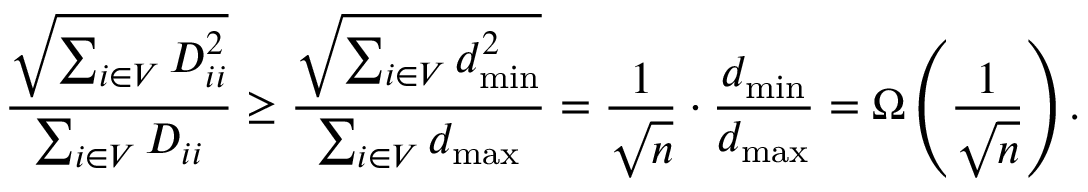
\frac { \sqrt { \sum _ { i \in V } D _ { i i } ^ { 2 } } } { \sum _ { i \in V } D _ { i i } } \geq \frac { \sqrt { \sum _ { i \in V } d _ { \operatorname* { m i n } } ^ { 2 } } } { \sum _ { i \in V } d _ { \operatorname* { m a x } } } = \frac { 1 } { \sqrt { n } } \cdot \frac { d _ { \operatorname* { m i n } } } { d _ { \operatorname* { m a x } } } = \Omega \left( \frac { 1 } { \sqrt { n } } \right) .